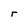
Character: r